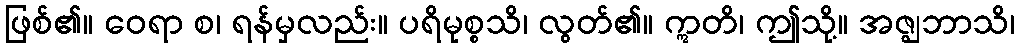
ဖြစ်၏။ ဝေရာ စ၊ ရန်မှလည်း။ ပရိမုစ္စသိ၊ လွတ်၏။ ဣတိ၊ ဤသို့။ အဇ္ဈဘာသိ၊